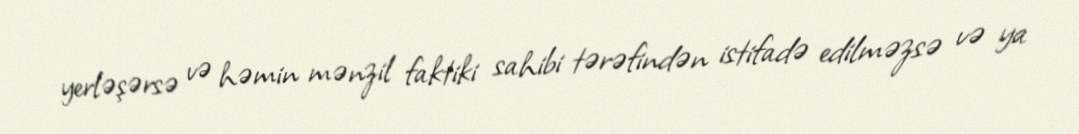
yerləşərsə və həmin mənzil faktiki sahibi tərəfindən istifadə edilməzsə və ya